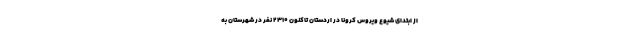
از ابتدای شیوع ویروس کرونا در اردستان تاکنون ۲۳۱۰ نفر در شهرستان به